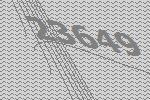
23649